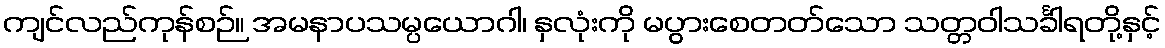
ကျင်လည်ကုန်စဉ်။ အမနာပသမ္ပယောဂါ၊ နှလုံးကို မပွားစေတတ်သော သတ္တဝါသင်္ခါရတို့နှင့်